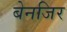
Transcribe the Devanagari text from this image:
बेनजिर